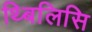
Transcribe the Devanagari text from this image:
थ्बिलिसि